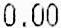
0.00